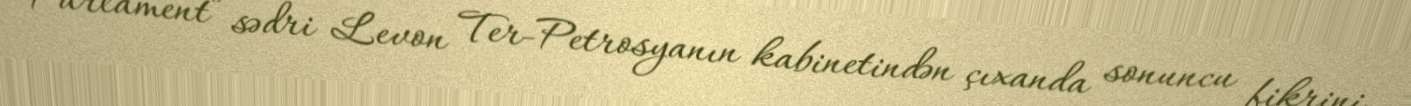
“Parlament” sədri Levon Ter-Petrosyanın kabinetindən çıxanda sonuncu fikrini